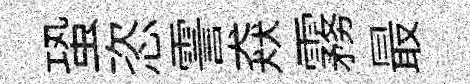
蛩恣霅猋霧最